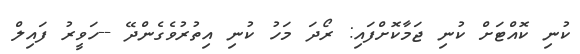
ކުނި ކޮއްޓަށް ކުނި ޖަމާކޮށްފައި: ރޯދަ މަހު ކުނި އިތުރުވެގެންދޭ --ހަވީރު ފައިލް